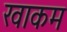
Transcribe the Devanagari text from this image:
खाकम